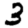
Digit: 3